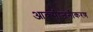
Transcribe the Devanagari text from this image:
आक्सीजनीकरण